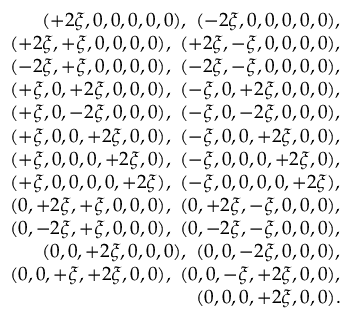
\begin{array} { r l r } & { } & { ( + 2 \xi , 0 , 0 , 0 , 0 , 0 ) , \ ( - 2 \xi , 0 , 0 , 0 , 0 , 0 ) , } \\ & { } & { ( + 2 \xi , + \xi , 0 , 0 , 0 , 0 ) , \ ( + 2 \xi , - \xi , 0 , 0 , 0 , 0 ) , } \\ & { } & { ( - 2 \xi , + \xi , 0 , 0 , 0 , 0 ) , \ ( - 2 \xi , - \xi , 0 , 0 , 0 , 0 ) , } \\ & { } & { ( + \xi , 0 , + 2 \xi , 0 , 0 , 0 ) , \ ( - \xi , 0 , + 2 \xi , 0 , 0 , 0 ) , } \\ & { } & { ( + \xi , 0 , - 2 \xi , 0 , 0 , 0 ) , \ ( - \xi , 0 , - 2 \xi , 0 , 0 , 0 ) , } \\ & { } & { ( + \xi , 0 , 0 , + 2 \xi , 0 , 0 ) , \ ( - \xi , 0 , 0 , + 2 \xi , 0 , 0 ) , } \\ & { } & { ( + \xi , 0 , 0 , 0 , + 2 \xi , 0 ) , \ ( - \xi , 0 , 0 , 0 , + 2 \xi , 0 ) , } \\ & { } & { ( + \xi , 0 , 0 , 0 , 0 , + 2 \xi ) , \ ( - \xi , 0 , 0 , 0 , 0 , + 2 \xi ) , } \\ & { } & { ( 0 , + 2 \xi , + \xi , 0 , 0 , 0 ) , \ ( 0 , + 2 \xi , - \xi , 0 , 0 , 0 ) , } \\ & { } & { ( 0 , - 2 \xi , + \xi , 0 , 0 , 0 ) , \ ( 0 , - 2 \xi , - \xi , 0 , 0 , 0 ) , } \\ & { } & { ( 0 , 0 , + 2 \xi , 0 , 0 , 0 ) , \ ( 0 , 0 , - 2 \xi , 0 , 0 , 0 ) , } \\ & { } & { ( 0 , 0 , + \xi , + 2 \xi , 0 , 0 ) , \ ( 0 , 0 , - \xi , + 2 \xi , 0 , 0 ) , } \\ & { } & { ( 0 , 0 , 0 , + 2 \xi , 0 , 0 ) . } \end{array}